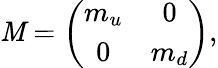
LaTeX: {\cal\mathit{M}}=\left(\begin{array}{cc}{{m_{u}}}&{{0}}\\ {{0}}&{{m_{d}}}\end{array}\right),